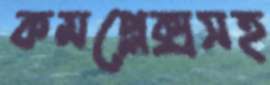
কমপ্লেক্সসহ